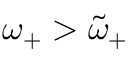
\omega _ { + } > \tilde { \omega } _ { + }